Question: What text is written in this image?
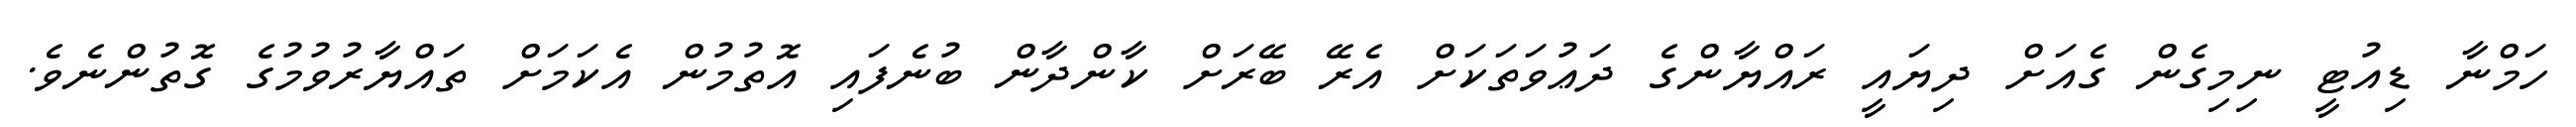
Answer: ހަމްނާ ޑިއުޓީ ނިމިގެން ގެއަށް ދިޔައީ ރައްޔާންގެ ދަޢުވަތަކަށް އެރޭ ބޭރަށް ކާންދާން ބުނެފައި އޮތުމުން އެކަމަށް ތައްޔާރުވުމުގެ ގޮތުންނެވެ.